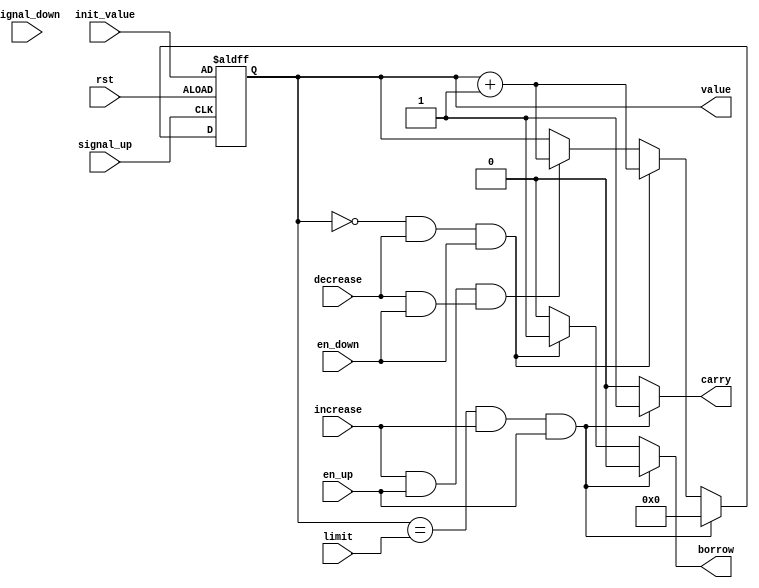
module counter(value,carry,borrow,signal_up,signal_down,rst,increase,decrease,init_value,limit,en_up,en_down);
output [3:0] value; // counter value
output reg carry,borrow;
input signal_up; // global clock
input signal_down; // global clock
input increase,decrease;
input rst; // active high reset
input [3:0] init_value; // initial value for the counter
input [3:0] limit; // limit for the counter
input en_up; // enable/disable of the counter
input en_down; // enable/disable of the counter

reg [3:0] value; // output (in always block)
reg [3:0] value_tmp_up,value_tmp_down; // input to dff (in always block)


// Combinational logics
always @(value or increase or decrease) begin
    if (value==limit && increase && en_up)
    begin
    value_tmp_up = 4'd0;
    value_tmp_down = value - 1;
    carry = 1;
    borrow = 0;
    end

    else if (value==4'd0 && decrease && en_down)
    begin
    value_tmp_up = value + 1;
    value_tmp_down = limit;
    carry = 0;
    borrow = 1;
    end

    else if ((increase && en_up) && (decrease && en_down)) 
    begin
    value_tmp_up = value + 1;
    value_tmp_down = value - 1;
    carry = 0;
    borrow = 0;
    end

    else if (en_up || en_down)
    begin
    value_tmp_up = value;
    value_tmp_down = value;
    carry = 0;
    borrow = 0;
    end

    else
    begin
    value_tmp_up = value;
    value_tmp_down = value;
    carry = 0;
    borrow = 0;
    end
end

// register part for BCD counter
always @(posedge signal_up or negedge rst) 
if (~rst) 
value<= init_value; 
else
value <= value_tmp_up;

/*always @(posedge signal_down or negedge rst) 
if (~rst) 
value <= init_value; 
else
value <= value_tmp_down;
*/
endmodule